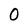
Character: 0